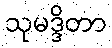
သုမဒ္ဒိတာ